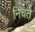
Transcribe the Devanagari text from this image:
निचते